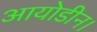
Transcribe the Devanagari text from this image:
आयोडीन।